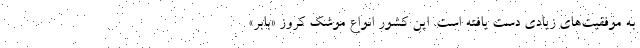
به موفقیت‌های زیادی دست یافته است. این کشور انواع موشک کروز «بابر»